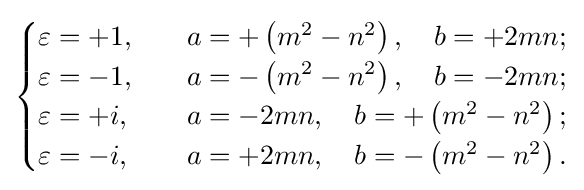
{\begin{cases}\varepsilon =+1,&\quad a=+\left(m^{2}-n^{2}\right),\quad b=+2mn;\\\varepsilon =-1,&\quad a=-\left(m^{2}-n^{2}\right),\quad b=-2mn;\\\varepsilon =+i,&\quad a=-2mn,\quad b=+\left(m^{2}-n^{2}\right);\\\varepsilon =-i,&\quad a=+2mn,\quad b=-\left(m^{2}-n^{2}\right).\end{cases}}